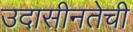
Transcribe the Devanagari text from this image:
उदासीनतेची